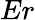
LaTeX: Er